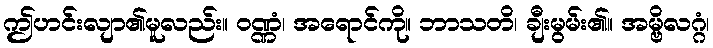
ဤဟင်းလျာ၏မူလည်း။ ဝဏ္ဏံ၊ အရောင်ကို။ ဘာသတိ၊ ချီးမွမ်း၏။ အမ္ဗိလဂ္ဂံ၊